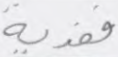
ففدية